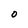
Character: O